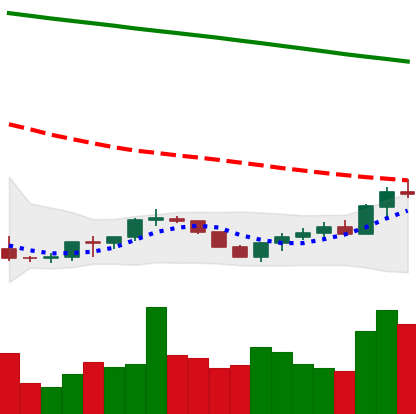
Ticker: BTC-USD
Chart end date: 2022-07-20
Forward return: -8.05%
Label: down_7plus